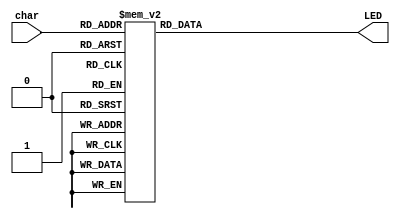
/*	LEDdecoder module
*
*	University of Thessaly 
*	Electrical and Computer Engineering Department
*	CE430 Course
*
*	Patsianotakis Charalampos cpatsianotakis@uth.gr
*
*	Decodes 4-bit input of specific chars, to 7segment display
*/

module LEDdecoder(char, LED);
input [3:0] char;
output reg [6:0] LED;

always @(char) begin
	
	case (char)         // ABC DEFG 
		4'b0000:  LED = 7'b000_0001;  //0
		4'b0001:  LED = 7'b100_1111;  //1
		4'b0010:  LED = 7'b001_0010;  //2
		4'b0011:  LED = 7'b000_0110;  //3
		4'b0100:  LED = 7'b100_1100;  //4
		4'b0101:  LED = 7'b010_0100;  //5
		4'b0110:  LED = 7'b010_0000;  //6
		4'b0111:  LED = 7'b000_1111;  //7
		4'b1000:  LED = 7'b000_0000;  //8
		4'b1001:  LED = 7'b000_0100;  //9
		4'b1010:  LED = 7'b000_1000;  //A
		4'b1011:  LED = 7'b011_0001;  //C
		4'b1100:  LED = 7'b011_0000;  //E
		4'b1101:  LED = 7'b011_1000;  //F
		4'b1110:  LED = 7'b100_1000;  //H
		4'b1111:  LED = 7'b100_0111;  //J

	endcase



end


endmodule